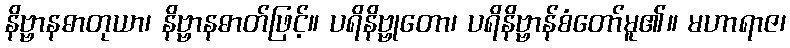
နိဗ္ဗာနဓာတုယာ၊ နိဗ္ဗာနဓာတ်ဖြင့်။ ပရိနိဗ္ဗုတော၊ ပရိနိဗ္ဗာန်စံတော်မူ၏။ မဟာရာဇ၊